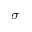
\sigma